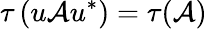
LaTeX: \tau\left(u\mathcal{A}u^{*}\right)=\tau(\mathcal{A})